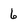
Character: 6